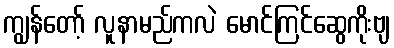
ကျွန်တော့် လူနာမည်ကလဲ မောင်ကြင်ဆွေကိုးဗျ